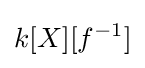
k[X][f^{-1}]